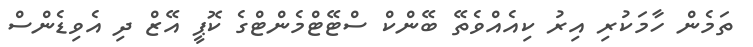
ތަމެން ހާމަކުރި އިރު ކިއެއްވެތޭ ބޭންކް ސްޓޭޓްމެންޓްގެ ކޮޕީ އޭޒް ދި އެވިޑެންސް